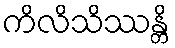
ကိလိသိဿန္တိ